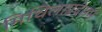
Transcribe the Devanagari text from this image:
मिथिलाप्रदेसमे